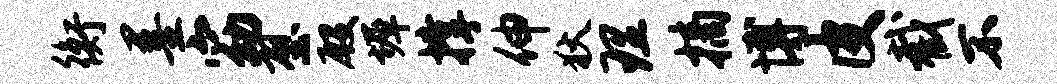
衡墨窈壁殷墀撑伸狄理摘博皮截不